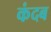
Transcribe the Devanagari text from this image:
कंदब